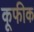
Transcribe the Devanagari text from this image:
कूफीक